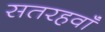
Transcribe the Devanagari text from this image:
सतरहवॉं